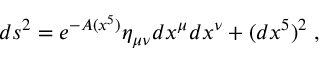
d s ^ { 2 } = e ^ { - A ( x ^ { 5 } ) } \eta _ { \mu \nu } d x ^ { \mu } d x ^ { \nu } + ( d x ^ { 5 } ) ^ { 2 } \; ,